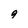
Character: 9